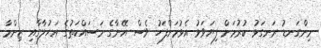
މިންގަނޑު ރަނގަޅު ކުރުމަށް ފިޔަވަޅު އެޅުމަށްފަހު ވެސް އޭނާގެ މަސައްކަތުގެ އަހުލާގާއި ޒިންމާ